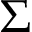
\Sigma